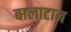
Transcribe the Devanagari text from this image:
बालाटान